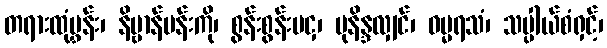
တရားထုံမွှန်း၊ နိဗ္ဗာန်ပန်းကို၊ စွန်းစွန်းမငှ၊ မုနိန္ဒလျှင်၊ ဓမ္မရသံ၊ သပ္ပါယ်စံရှင့်၊